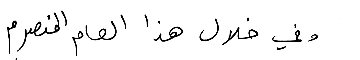
وفي خلال هذا العام المنصرم